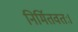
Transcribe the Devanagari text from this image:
निर्मितवतः।